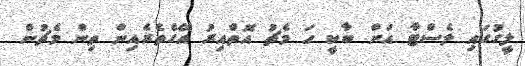
ލީގުގައި ލެސްޓާ އަށް ބާކީ ހަ މެޗު އޮތްއިރު އޭގެތެރެއިން ތިން މެޗުން